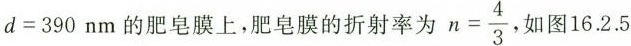
$$ d = 3 9 0nm $$的肥皂膜上，肥皂膜的折射率为$$n = \frac { 4 } { 3 }$$ 如图16.2.5